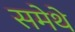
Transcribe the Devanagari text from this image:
समेथे